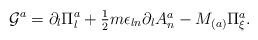
LaTeX: \begin{align*}{\cal G}^a=\partial_{l}\Pi_{l}^{a}+\textstyle{\frac{1}{2}}m\epsilon_{ln}\partial_{l}A_{n}^{a}-M_{(a)}\Pi_{\xi}^{a}.\end{align*}